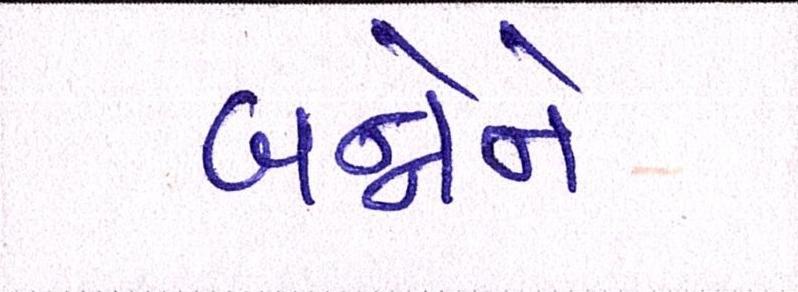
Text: બન્નેને